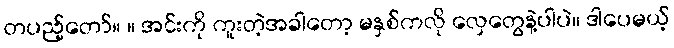
တပည့်တော်။ ။ အင်းကို ကူးတဲ့အခါတော့ မနှစ်ကလို လှေတွေနဲ့ပါပဲ။ ဒါပေမယ့်